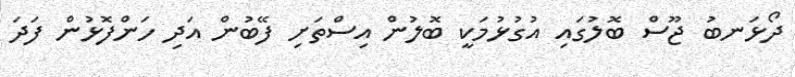
ދޯޅަނބު ޖޫސް ބޮލުގައި އުގުޅުމަކީ ބޮލުން އިސްތަށި ފޭބުން އަދި ހަންފޮޅުން ފަދަ